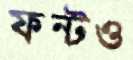
ফন্টও